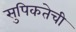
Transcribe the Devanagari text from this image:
सुपिकतेची